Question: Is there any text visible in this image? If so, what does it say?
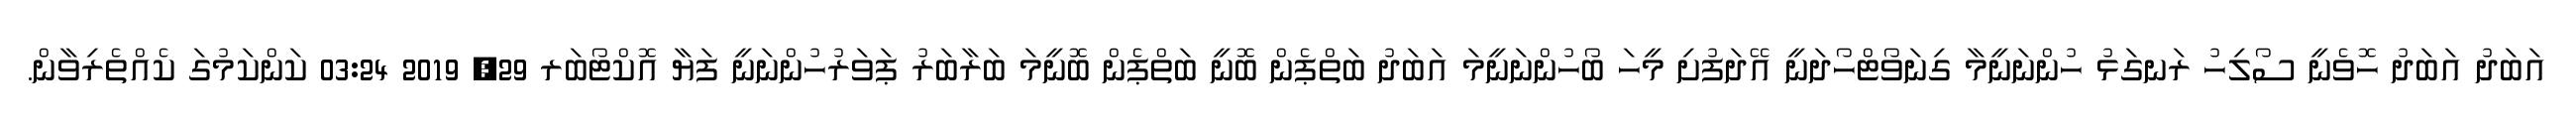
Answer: އަބަދު އަބަދު ހޮވެނީ ސޯލިހު ރަނގަޅު ހުންނަނީމާ ގިނަވޯޓްހޯދަނީ އޭދަފުށި މީހަ ބޯހުންނަނީމަ އަބަދު ބަތްޕެން ބޮނީ ބަތްޕެން ބޮނީމަ ބަރާބަރު ޕަވަރުހުންނަނީ ފަޔާ އޮކްޓޯބަރ 29, 2019 03:24 ކަންކަމުގަ ކެއްތެރިވާން.